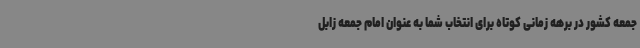
جمعه کشور در برهه زمانی کوتاه برای انتخاب شما به عنوان امام جمعه زابل